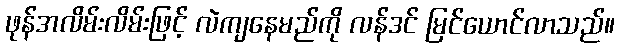
ဖုန်အလိမ်းလိမ်းဖြင့် လဲကျနေမည်ကို လန်ဒင် မြင်ယောင်လာသည်။